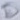
Text: D